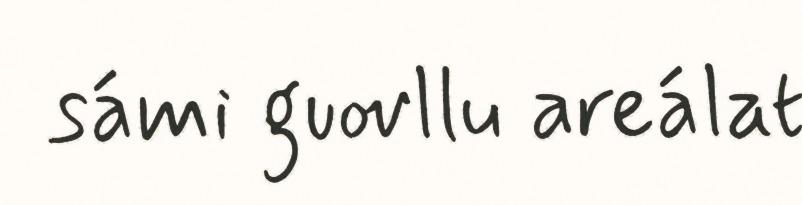
sámi guovllu areálat